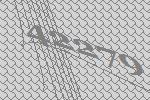
42279